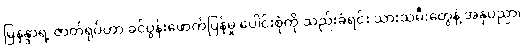
မြနန္ဒာရဲ့ ဇာတ်ရုပ်ဟာ ခင်ပွန်းဖောက်ပြန်မှု ပေါင်းစုံကို သည်းခံရင်း သားသမီးတွေနဲ့ အနုပညာ၊